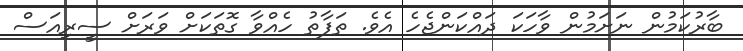
ބާރުކަމުން ނަށަމުން ވާހަކަ ދައްކަންޖެހެ އެވެ. ތަފާތު ހެއްވާ ގޮތަކަށް ވަރަށް ސީރިއަސް